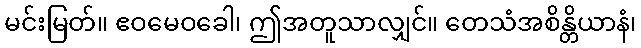
မင်းမြတ်။ ဧဝမေဝခေါ၊ ဤအတူသာလျှင်။ တေသံအစိန္တိယာနံ၊